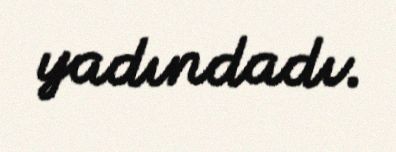
yadındadı.